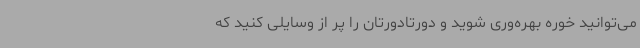
می‌توانید خوره بهره‌وری شوید و دورتادورتان را پر از وسایلی کنید که